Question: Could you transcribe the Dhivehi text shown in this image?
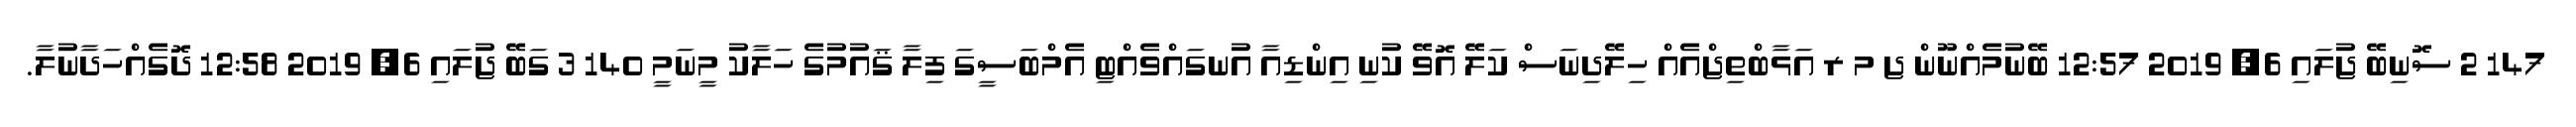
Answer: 147 2 ސޮނިބޭ ޖުލައި 6, 2019 12:57 ބޭނުމެއްނޫން ޖ މ ރ އަޅާބްތިޖްއެއް ހިލޭދިނަސް ކަލޭ އޮވޭ ކުނި އިންޑިއާ އުނގައްވެއްޓި އެމްބަސީގަ ފިލާ ޤައުމުގެ ހަލާކު މީނަމީ 140 3 ގަބޭ ޖުލައި 6, 2019 12:58 ދޮގެއްހަދާނުލާ.